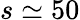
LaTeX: s\simeq 50